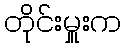
တိုင်းမှူးက